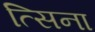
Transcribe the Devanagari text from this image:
त्सिना